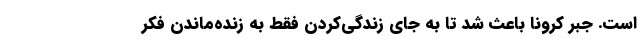
است. جبر کرونا باعث شد تا به جای زندگی‌کردن فقط به زنده‌ماندن فکر